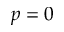
p = 0